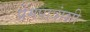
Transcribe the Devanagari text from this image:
प्रेमपात्रांशी